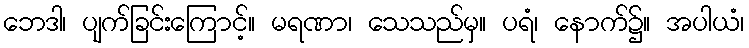
ဘေဒါ၊ ပျက်ခြင်းကြောင့်။ မရဏာ၊ သေသည်မှ။ ပရံ၊ နောက်၌။ အပါယံ၊